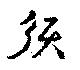
須